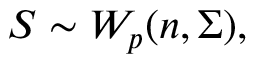
S \sim W _ { p } ( n , \Sigma ) ,